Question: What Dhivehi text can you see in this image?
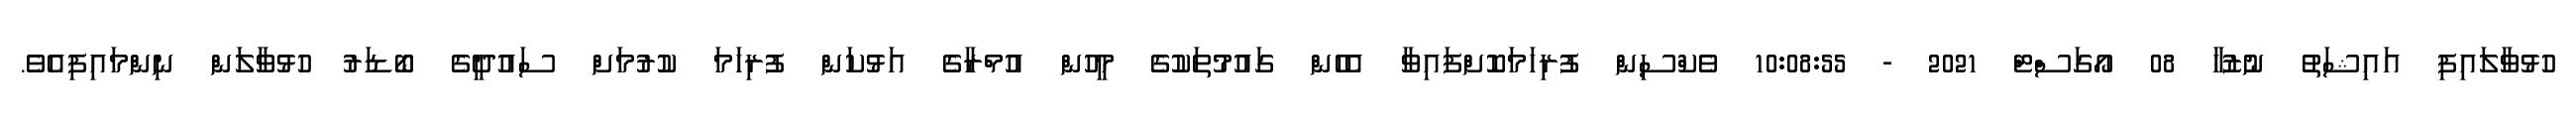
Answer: ހުޅުވާލައިފި އައިޝަތު ނުޒުހާ 08 އޯގަސްޓް 2021 - 10:08:55 ވެކްސިން ފުރިހަމަކޮށްފައިވާ އެހެން ގައުމުތަކުގެ މީހުން އުމްރާގެ އަޅުކަން ފުރިހަމަ ކުރުމަށް ސައުދީގެ ބޯޑަރު ހުޅުވާލަން ނިންމައިފިއެވެ.